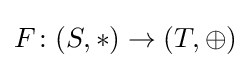
F\colon (S,*)\rightarrow (T,\oplus )